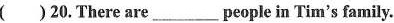
( )20.There are___people in Tim's family.